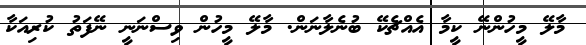
މާލޭ މީހުންނޭ ކީމާ އެއްޗެކޭ ބުނެލާނަން. މާލޭ މީހުން ވިސްނަނީ ނޭފަތު ކުރިއަކާ